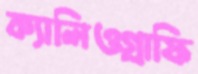
ক্যালিওগ্রাফি